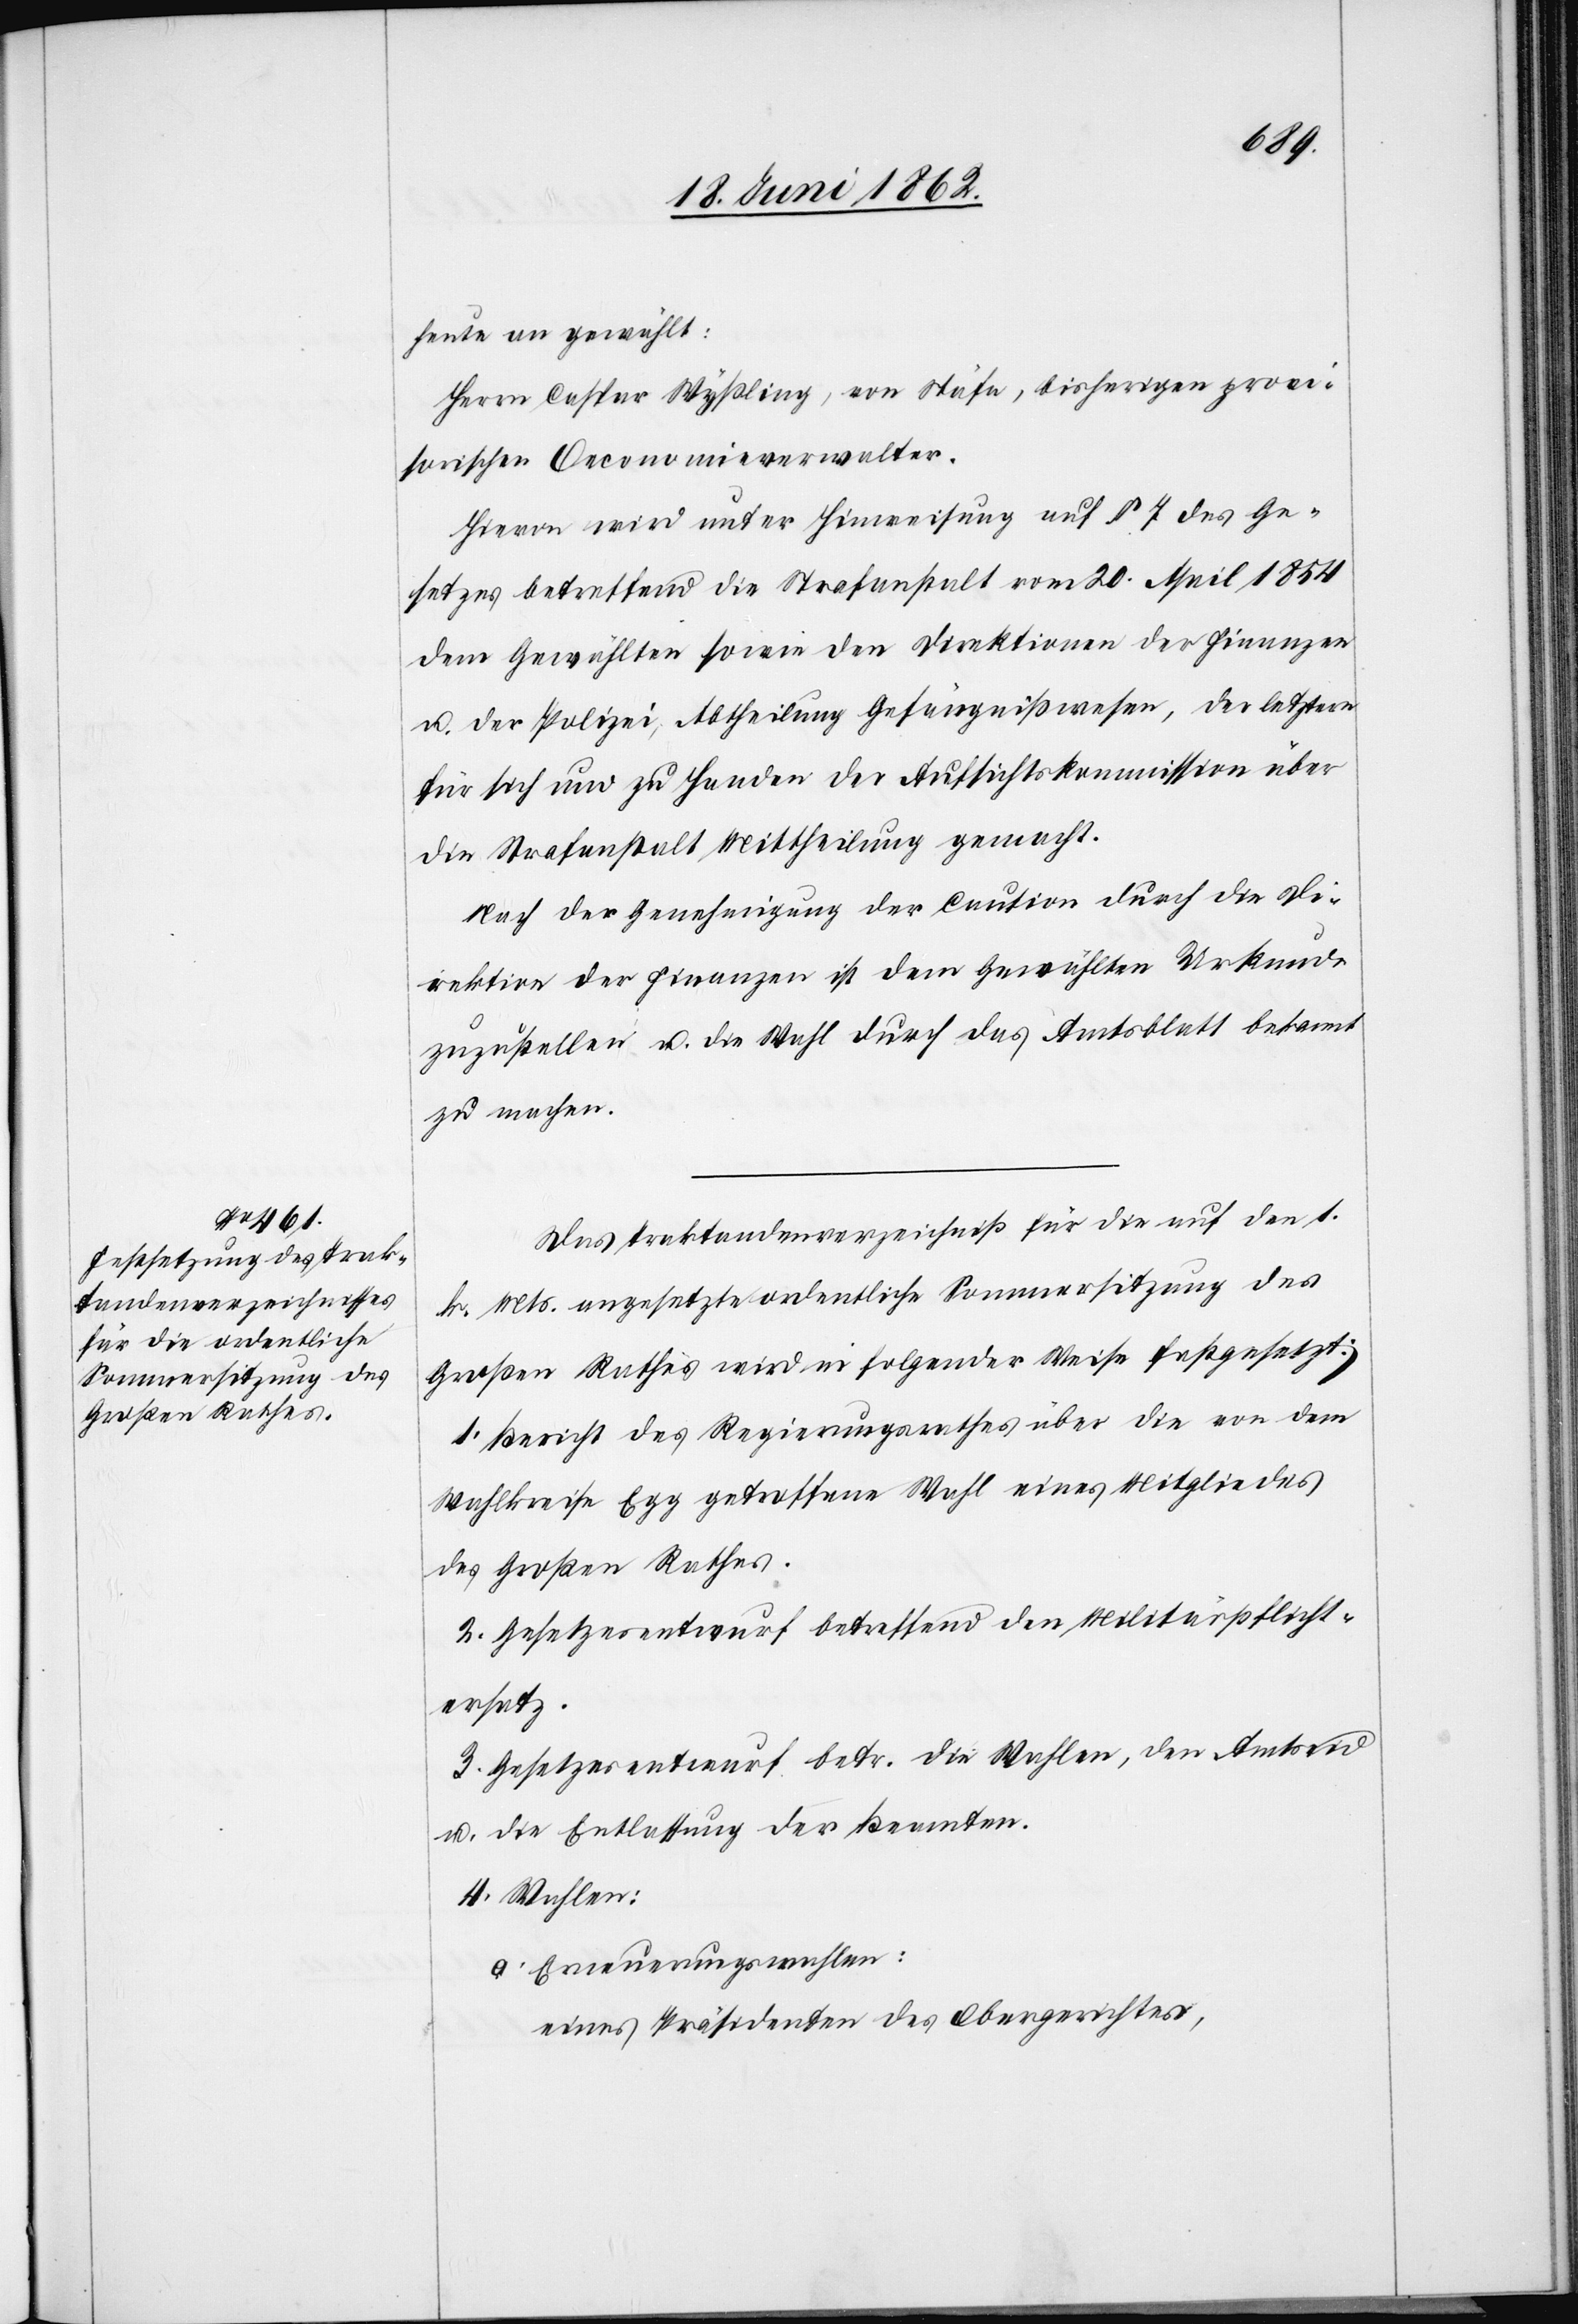
heute an gewählt:
Herrn Caspar Wyßling, von Stäfa, bisherigen provi¬
sorischen Oeconomieverwalter.
Hievon wird unter Hinweisung auf § 7 des Ge¬
setzes betreffend die Strafanstalt vom 20. April 1854
dem Gewählten sowie den Direktionen der Finanzen
u. der Polizei, Abtheilung Gefängnißwesen, der letztern
für sich und zu Handen der Aufsichtskommission über
die Strafanstalt Mittheilung gemacht.
Nach der Genehmigung der Caution durch die Di¬
rektion der Finanzen ist dem Gewählten Urkunde
zuzustellen u. die Wahl durch das Amtsblatt bekannt
zu machen.
Das Traktandenverzeichniß für die auf den 1.
k. Mts. angesetzte ordentliche Sommersitzung des
Großen Rathes wird in folgender Weise festgesetzt:
1. Bericht des Regierungsrathes über die von dem
Wahlkreise Egg getroffene Wahl eines Mitgliedes
des Großen Rathes.
2. Gesetzesentwurf betreffend den Militärpflicht¬
ersatz.
3. Gesetzesentwurf betr. die Wahlen, den Amtseid
u. die Entlassung der Beamten.
4. Wahlen:
a. Erneuerungswahlen:
eines Präsidenten des Obergerichtes,